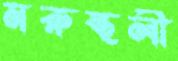
মরুস্থলী